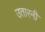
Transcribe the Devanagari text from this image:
उतारनी